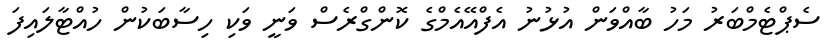
ސެޕްޓެމްބަރު މަހު ބާއްވަން އުޅުނު އެފްއޭއެމްގެ ކޮންގްރެސް ވަނީ ވަކި ހިސާބަކުން ހުއްޓާލައިފަ